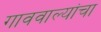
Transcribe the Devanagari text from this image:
गाववाल्यांचा